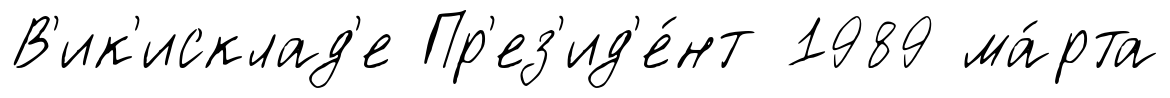
В'ик'исклад'е Пр'ез'ид'е́нт 1989 ма́рта